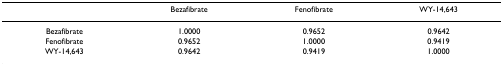
<table><thead><tr><td></td><td><b>Bezafibrate</b></td><td><b>Fenofibrate</b></td><td><b>WY-14,643</b></td></tr></thead><tbody><tr><td>Bezafibrate</td><td>1.0000</td><td>0.9652</td><td>0.9642</td></tr><tr><td>Fenofibrate</td><td>0.9652</td><td>1.0000</td><td>0.9419</td></tr><tr><td>WY-14,643</td><td>0.9642</td><td>0.9419</td><td>1.0000</td></tr></tbody></table>